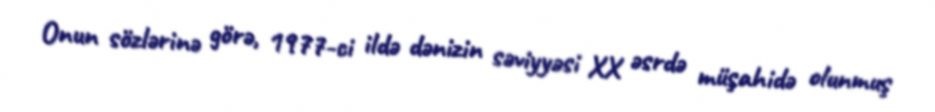
Onun sözlərinə görə, 1977-ci ildə dənizin səviyyəsi XX əsrdə müşahidə olunmuş